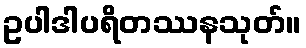
ဥပါဒါပရိတဿနသုတ်။